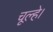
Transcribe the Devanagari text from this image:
चूल्हे।